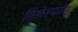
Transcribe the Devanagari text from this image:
विशेस्यांग